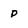
Character: P